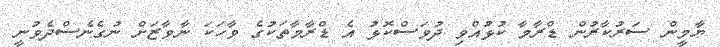
ޔާމީން ސަރުކާރުން ޑްރާމާ ކުޅުއްވި ދުވަސްކޮޅު އެ ޑްރާމާތަކުގެ ވާހަކަ ނާވާޒަށް ނުގެނެސްދެވުނީ